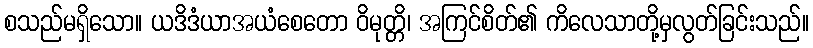
စသည်မရှိသော။ ယဒိဒံယာအယံစေတော ဝိမုတ္တိ၊ အကြင်စိတ်၏ ကိလေသာတို့မှလွတ်ခြင်းသည်။